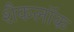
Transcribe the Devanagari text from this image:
शैकलॉक